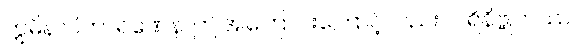
ဣမိနာပိကာရဏေန၊ ဤအကြောင်းကြောင့်လည်း။ ပရိနိဗ္ဗုတဿ၊